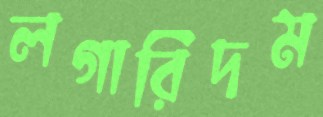
লগারিদম